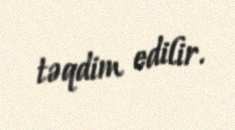
təqdim edilir.